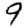
Digit: 9